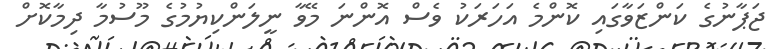
ޖަޕާނުގެ ކަންޒަވާގައި ކޮންމެ އަހަރަކު ވެސް އޮންނަ މޭވާ ނީލަންކިޔުމުގެ މޫސުމާ ދިމާކޮށް